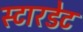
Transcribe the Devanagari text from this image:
स्टारडेट